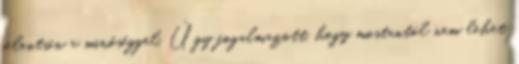
jelentsen a minőséggel. Úgy fogalmazott, hogy mostantól nem lehet